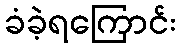
ခံခဲ့ရကြောင်း